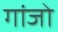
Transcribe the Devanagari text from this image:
गांजो